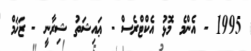
1995 - އެންމެ މޮޅު އެކްޓްރެސް - ޢައިޝަތު ޝިރާނީ - ޒަޚަމް